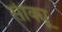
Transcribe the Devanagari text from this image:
सीक्यू